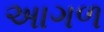
અાગળ